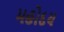
મહોદય